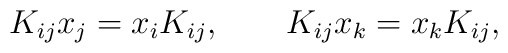
K_{ij} x_j = x_i K_{ij}, \qquad K_{ij} x_k = x_k K_{ij},